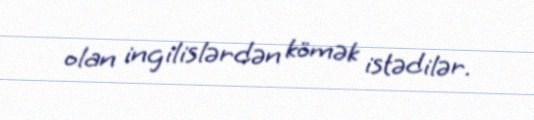
olan ingilislərdən kömək istədilər.